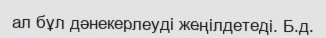
ал бұл дәнекерлеуді жеңілдетеді. Б.д.